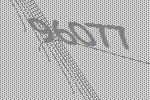
96077